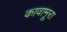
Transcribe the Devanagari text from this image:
कावामूरा